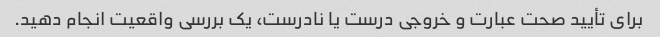
برای تأیید صحت عبارت و خروجی درست یا نادرست، یک بررسی واقعیت انجام دهید.